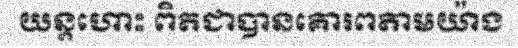
យន្តហោះ ពិតជាបានគោរពតាមយ៉ាង